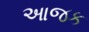
આજક